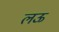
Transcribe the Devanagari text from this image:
लऊ